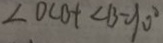
\angle O C B + \angle B = 9 0 ^ { \circ }